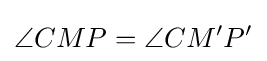
\angle CMP=\angle CM'P'